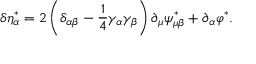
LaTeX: \delta \eta _ { \alpha } ^ { * } = 2 \left( \delta _ { \alpha \beta } - \frac 1 4 \gamma _ { \alpha } \gamma _ { \beta } \right) \partial _ { \mu } \psi _ { \mu \beta } ^ { * } + \partial _ { \alpha } \varphi ^ { * } .